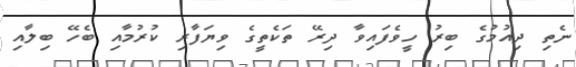
ނެތި ދިއުމުގެ ބިރު ހީވެފައިވާ ދިރޭ ތަކެތީގެ ވިޔަފާރި ކުރުމާއި ބެހޭ ބިލާއި